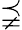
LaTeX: \precneqq